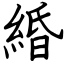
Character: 緍